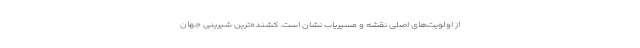
از اولویت‌های اصلی نقشه و مسیریاب نشان است. کشنده‌ترین شیرینی جهان